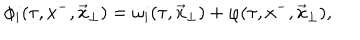
\phi _ { i } ( \tau , x ^ { - } , \vec { x } _ { \perp } ) = \omega _ { i } ( \tau , \vec { x } _ { \perp } ) + \varphi ( \tau , x ^ { - } , \vec { x } _ { \perp } ) ,